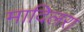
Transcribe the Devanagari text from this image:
मादिलरा